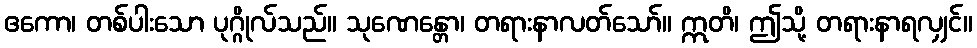
ဧကော၊ တစ်ပါးသော ပုဂ္ဂိုလ်သည်။ သုဏေန္တော၊ တရားနာလတ်သော်။ ဣတိ၊ ဤသို့ တရားနာရလျှင်။